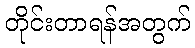
တိုင်းတာရန်အတွက်